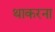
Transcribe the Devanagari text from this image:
थाकरना